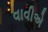
વાવીએ